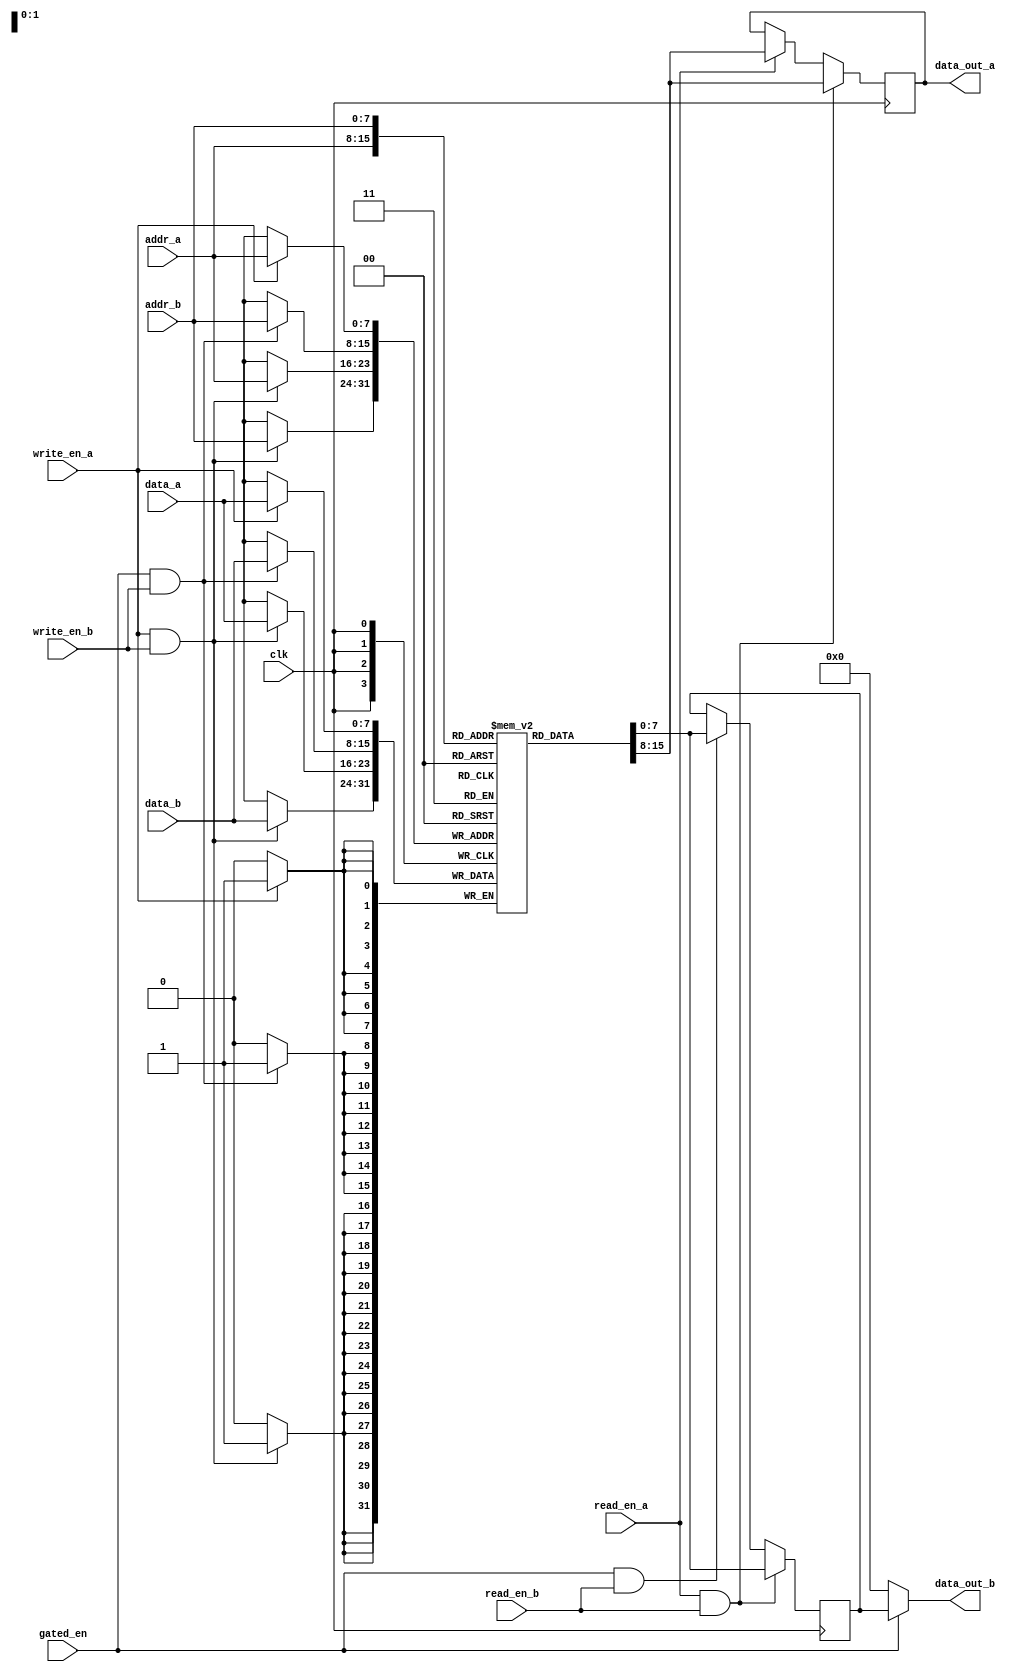
module dual_port_ram (
  input wire clk,
  input wire [7:0] addr_a,
  input wire [7:0] data_a,
  input wire write_en_a,
  input wire read_en_a,
  output reg [7:0] data_out_a,
  input wire [7:0] addr_b,
  input wire [7:0] data_b,
  input wire write_en_b,
  input wire read_en_b,
  input wire gated_en,
  output reg [7:0] data_out_b
);

reg [7:0] memory [0:255]; // 256 memory blocks
reg [7:0] data_out_a_reg;
reg [7:0] data_out_b_reg;

always @(posedge clk) begin
  if (write_en_a) begin
    memory[addr_a] <= data_a;
  end
  
  if (read_en_a) begin
    data_out_a_reg <= memory[addr_a];
  end
  
  if (gated_en && write_en_b) begin
    memory[addr_b] <= data_b;
  end
  
  if (gated_en && read_en_b) begin
    data_out_b_reg <= memory[addr_b];
  end
  
  // Handle conflicts
  if (write_en_a && write_en_b) begin
    memory[addr_a] <= data_a;
    memory[addr_b] <= data_b;
  end
  
  if (read_en_a && read_en_b) begin
    data_out_a_reg <= memory[addr_a];
    data_out_b_reg <= memory[addr_b];
  end
end

assign data_out_a = data_out_a_reg;
assign data_out_b = gated_en ? data_out_b_reg : 8'b0;

endmodule